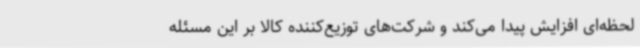
لحظه‌ای افزایش پیدا می‌کند و شرکت‌های توزیع‌کننده کالا بر این مسئله